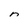
Character: n